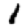
Digit: 1